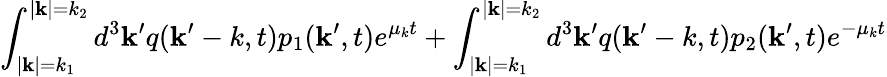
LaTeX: \int_{|{\mathbf k}|=k_{1}}^{|{\mathbf k}|=k_{2}}d^{3}{\mathbf k^{\prime}}q({\mathbf k^{\prime}-k},t)p_{1}({\mathbf k^{\prime}},t)e^{\mu_{k}t}+\int_{|{\mathbf k}|=k_{1}}^{|{\mathbf k}|=k_{2}}d^{3}{\mathbf k^{\prime}}q({\mathbf k^{\prime}-k},t)p_{2}({\mathbf k^{\prime}},t)e^{-\mu_{k}t}